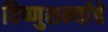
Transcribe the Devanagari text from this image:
विष्णुशर्म्याचे